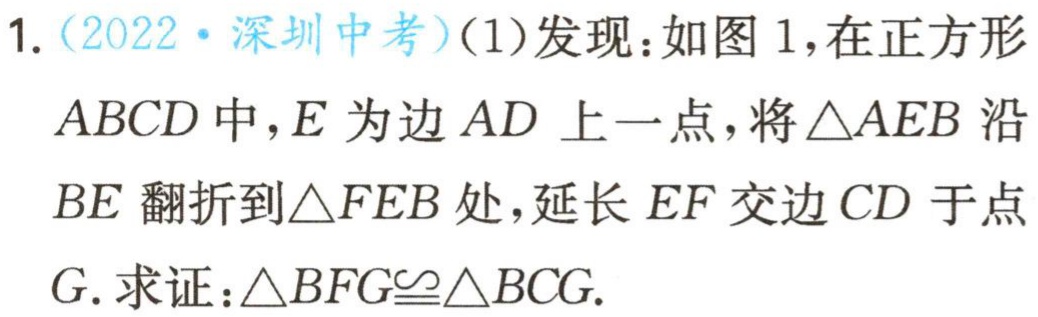
1.（2022·深圳中考）(1)发现：如图1，在正方形
$ABCD$中，$E$为边$AD$上一点，将$\triangle AEB$沿
$BE$翻折到$\triangle FEB$处，延长$EF$交边$CD$于点
$G.$求证：$\triangle BFG\cong\triangle BCG.$